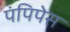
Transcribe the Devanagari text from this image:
पंपिपेस